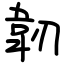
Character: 韌